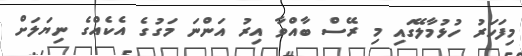
މިފަހަރު ހުޅުމާލޭގައި މި ރޭސް ބާއްވާ އިރު އަންނަ މަގުގެ އެކެއްގެ ނިޔަލަށް